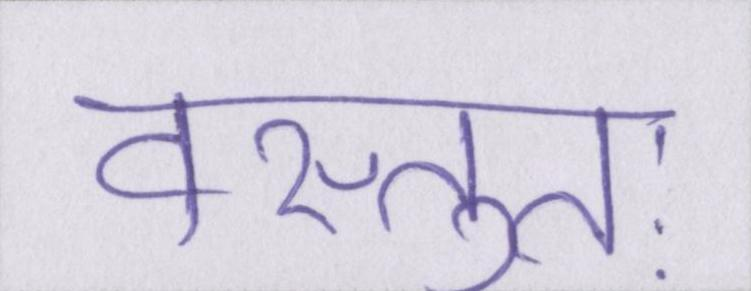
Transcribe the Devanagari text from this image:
वस्तुतः